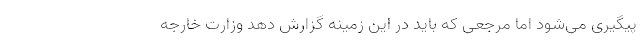
پیگیری می‌شود اما مرجعی که باید در این زمینه گزارش دهد وزارت خارجه